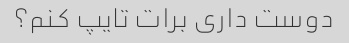
دوست داری برات تایپ کنم؟